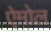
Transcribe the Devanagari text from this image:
ऐमोल